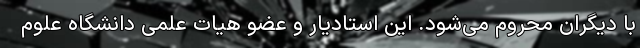
با دیگران محروم می‌شود. این استادیار و عضو هیات علمی دانشگاه علوم